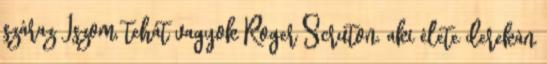
száraz Iszom, tehát vagyok Roger Scruton, aki élete derekán